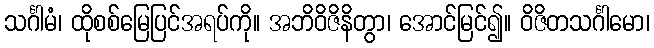
သင်္ဂါမံ၊ ထိုစစ်မြေပြင်အရပ်ကို။ အဘိဝိဇိနိတွာ၊ အောင်မြင်၍။ ဝိဇိတသင်္ဂါမော၊